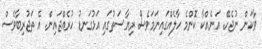
ވާކަން ނުޖެހޭ. އަނެއްކާ ކޮންމެ ހާލެއްގައިނަމަވެސް ރިޔާސަތުގައި އަޅުގަނޑު ހުރެއްޖައިން. އެ ތަޖުރިބާވެސް